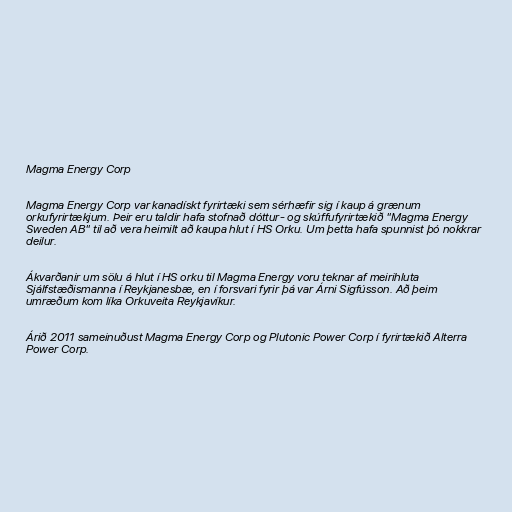
Magma Energy Corp

Magma Energy Corp var kanadískt fyrirtæki sem sérhæfir sig í kaup á grænum
orkufyrirtækjum. Þeir eru taldir hafa stofnað dóttur- og skúffufyrirtækið "Magma Energy
Sweden AB" til að vera heimilt að kaupa hlut í HS Orku. Um þetta hafa spunnist þó nokkrar
deilur.

Ákvarðanir um sölu á hlut í HS orku til Magma Energy voru teknar af meirihluta
Sjálfstæðismanna í Reykjanesbæ, en í forsvari fyrir þá var Árni Sigfússon. Að þeim
umræðum kom líka Orkuveita Reykjavíkur.

Árið 2011 sameinuðust Magma Energy Corp og Plutonic Power Corp í fyrirtækið Alterra
Power Corp.